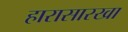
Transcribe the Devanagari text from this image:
हारासारखा